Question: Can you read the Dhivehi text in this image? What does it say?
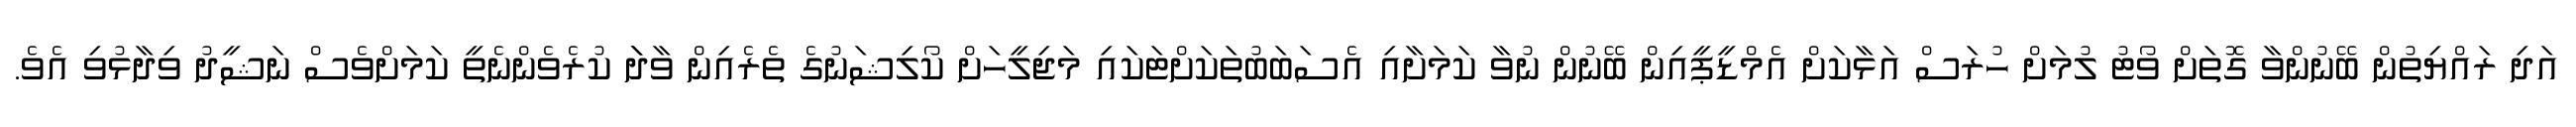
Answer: އަދި ރައްޔިތުން ބޭނުންވާ ގޮތަށް ވޯޓު ލުމަށް ހުރަސް އަޅާކަށް އެމްޑީޕީއިން ބޭނުން ނުވާ ކަމަށާއި އެސަބަބުތަކަށްޓަކައި މަޖިލީހަށް ކޯލިޝަނުގެ ތެރެއިން ވާދަަ ކުރެވެންނެތީ ކަމަށްވެސް ނަޝީދު ވިދާޅުވި އެވެ.